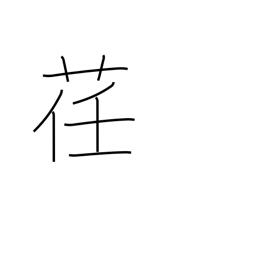
Meaning: pliable